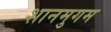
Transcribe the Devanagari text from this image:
शानमुगम